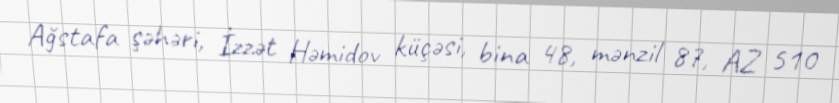
Ağstafa şəhəri, İzzət Həmidov küçəsi, bina 48, mənzil 87, AZ 510